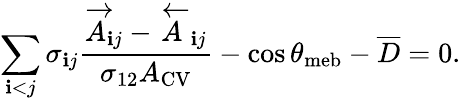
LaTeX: \sum_{\mathbf{i}<j}\sigma_{\mathbf{i}j}\frac{{\overrightarrow{A}_{\mathbf{i}j}-\overleftarrow{A}_{\mathbf{i}j}}}{{\sigma_{12}A_{\mathrm{{{CV}}}}}}-\cos\theta_{\mathrm{{{meb}}}}-\overline{{{D}}}=0.